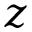
z